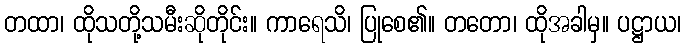
တထာ၊ ထိုသတို့သမီးဆိုတိုင်း။ ကာရေသိ၊ ပြုစေ၏။ တတော၊ ထိုအခါမှ။ ပဋ္ဌာယ၊